Vital statistics of India. Vol. VI, European troops 1870-79
Year: 1870
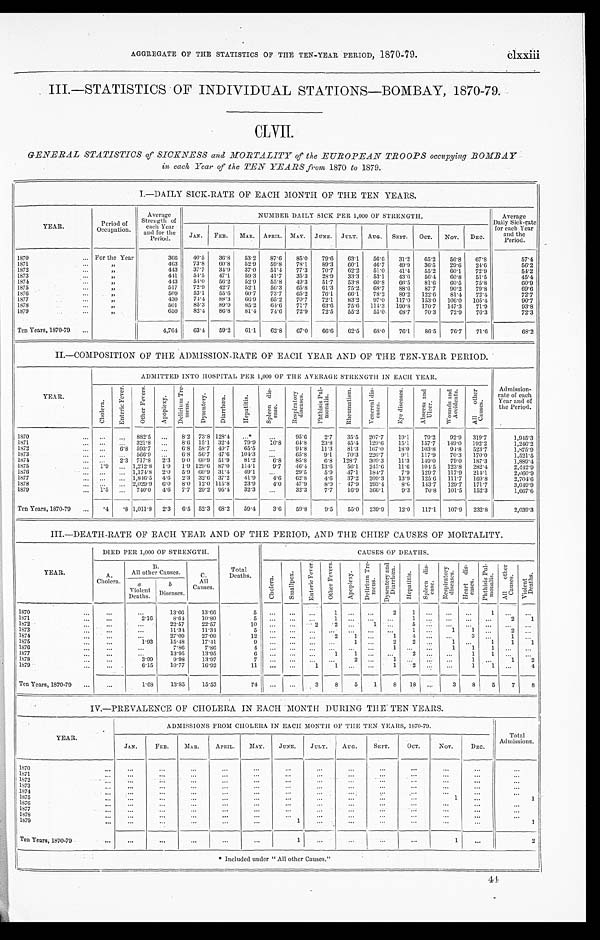
AGGREGATE OF THE STATISTICS OF THE TEN-YEAR PERIOD, 1870-79. clxxiii
III.—STATISTICS OF INDIVIDUAL STATIONS—BOMBAY, 1870-79.
CLVII
GENERAL STATISTICS of SICKNESS and MORTALITY of the EUROPEAN TROOPS occupying BOMBAY
in each Year of the TEN YEARS front 1870 to 1879.
I.—DAILY SICK-RATE OF EACH MONTH OF THE TEN YEARS.
YEAR.
Period of
Occupation.
Average
Strength of
each Year
and for the
Period.
NUMBER DAILY SICK PER 1,000 OF STRENGTH.
Average
Daily Sick-rate
for each Year
and the
Period.
JAN. FEB. MAR. APRIL. MAY. JUNE. JULY. AUG. SEPT. OCT. NOV. DEC.
1870
For the Year
366 40.5 36.8 53.2 87.6 85.0 79. 6 63.1 56.6 31.2 65.2 56.8 67.8
57.4
1871
„
463 73.8 60.8 52.9 59.8 78.1 89. 3 60.1 46.7 49. 9 36.5 29.6 24.6
56. 2
1872
„
443 37.7 34.9 37.0 51.4 77.3 70. 7 62.2 51.0 41. 4 55.2 60.1 72.9
54. 2
1873
„
441 54.5 47.1 59.3 41.7 35.3 28. 9 33.3 53.1 43. 6 56.4 60.8 51.5
45. 4
1874
„
443 54.0 56.2 52.9 55.8 49.3 51.7 53.8 60.8 66. 5 81.6 60.5 75.8
60. 9
1875
„
517 72.9 42.7 52.1 56.3 65.8 61.3 75.2 68.7 88. 6 87.7 90.2 79.8
69. 6
1876
„
509 53.1 55.6 60.7 73.7 65.2 76.1 66.1 78.2 89. 2 122.6 81.4 72.4
72. 7
1877
„
430 74.4 88.3 66.9 65.2 70.7 72.1 83.2 97.0 117. 0 153.0 106.0 105.4
90. 7
1878
„
501 85.3 89.9 85.2 64.6 71.7 63.6 75.6 114.3 190. 8 170.7 147.3 71.9
93. 8
1879
„
650 82.4 86.8 81.4 74.6 72.9 72. 5 55.2 55.0 68. 7 70.3 72.9 76.3
72. 3
Ten Years, 1870-79
4,764 6 3 . 4
59.2 61.1 62.8 67.0 66. 6 62.5 68.0 76. 1 86.5 76.7 71.6
68. 2
II.—COMPOSITION OF THE ADMISSION-RATE OF EACH YEAR AND OF THE TEN-YEAR PERIOD.
YEAR.
ADMITTED INTO HOSPITAL PER 1,000 OF THE AVERAGE STRENGTH IN EACH YEAR.
Admission-
rate of each
Year and of
the Period.
C h o l e r a .
E n t e r i c F e v e r .
O t h e r F e v e r s .
A p o p l e x y .
D e l i r i u m T r e -
m e n s .
D y s e n t e r y . D i a r r h œ a .
H e p a t i t i s .
S p l e e n d i s -
e a s e .
R e s p i r a t o r y d i s e a s e s .
P h t h i s i s P u l -
m o n a l i s .
R h e u m a t i s m . V e n e r e a l d i s -
e a s e s .
E y e d i s e a s e s . A b s c e s s a n d
U l c e r .
W o u n d s a n d
A c c i d e n t s .
A l l o t h e r
C a u s e s .
1870
882.5
8.2 73.8 128.4 *
95.6 2.7 35.5 207.7 19.1 79.2 92.9 319.7
1, 945. 3
1871
321.8
8.6 15.1 32.4 79.9 10.8 64.8 23.8 45.4 129.6 15.1 157.7 149.0 192.2
1, 246. 2
1872
6.8 593. 7
6.8 58.7 49.7 65.5
94.8 11.3 81.3 167.0 18.0 103.8
9 4 . 8 523.7
1, 875. 9
1873
566.9
6.8 56.7 47.6 104.3
65.8 9.1 70.3 226.7 9.1 117.9 70.3 170.0
1,521.5
1874
2.3 717.8 2.3 9.0 60.9 51.9 81.2 6.8 85.8 6.8 128.7 309.3 11.3 149.0 79.0 187.3
1, 889. 4
1875
1.9
1,212.8 1.9 1.9 129.6 87.0 114.1 9.7 46.4 13.6 56.1 245.6 11.6 104.5 123.8 282.4
2, 442. 9
1876
1,174.8 2.0 5.9 60.9 31.4
4 9 . 1
29.5 5.9 47.1 184.7 7.9 129.7 117.9 214.1
2, 060. 9
1877
1,846.5 4.6 2.3 32.6 37.2 41.9 4.6 62.8 4.6 37.2 209.3 13.9 125.6 111.7 169.8
2, 704. 6
1878
2,029.9 6.0 8.0 12.0 115.8 23.9 4.0 47.9 8.0 47.9 293.4 8.6 143.7 129.7 171.7
3, 049. 9
1879
1 . 5
740.0
4 . 6 7.7 29.2 95.4 32.3
32.3 7.7 16.9 366.1 9.3 70.8 101.5 152.3
1, 667. 6
Ten Years, 1870-79
.4 .8 1,011.8 2.3 6.5 52.3 68.2 59.4 3.6 59.8 9.5 55.0 239.9 12.0 117.1 107.9 232.8
2, 039. 3
III.—DEATH-RATE OF EACH YEAR AND OF THE PERIOD, AND THE CHIEF CAUSES OF MORTALITY.
YEAR.
DIED PER 1,000 OF STRENGTH.
Total
Deaths.
CAUSES OF DEATHS.
A.
Cholera.
B.
All other Causes.
C
All
Causes.
C h o l e r a . S m a l l p o x .
E n t e r i c F e v e r .
O t h e r F e v e r s .
A p o p l e x y .
D e l i r i u m T r e -
me n s .
D y s e n t e r y a n d
D i a r r h œ a .
H e p a t i t i s . S p l e e n d i s -
e a s e .
R e s p i r a t o r y
d i s e a s e s .
H e a r t d i s -
e a s e s .
P h t h i s i s P u l -
m o n a l i s . A l l o t h e r
C a u s e s .
V i o l e n t
D e a t h s .
a
Violent
Deaths.
b
Diseases.
1870
13. 66
13.66
5
1
2 1
1
1871
2.16
8. 64
10.80
5
1
1
2 1
1872
22. 57
22.57
1 0
2 2
1
5
1873
11.34 11.34
5
1 1
2
1874
27. 09
27.09
1 2
2 1
1 4
3
1
1875
1.93 15.48
17.41
9
1
2 2
1
1 1 1
1876
7. 86
7.86
4
1
1 1 1
1 8 7 7
13. 95
13.95
6
1
1
2
1 1
1878
3.99 9. 98
13.97
7
2
1
1
1 2
1879
6.15 10.77 16.92
11
1
1
1 2
1 1
4
Ten Years, 1870-79
1.68 13. 85
15.53
74
3 8 5 1 8 18
3 8 5 7 8
IV.—PREVALENCE OF CHOLERA IN EACH .MONTH DURING THE TEN YEARS.
YEAR
ADMISSIONS FROM CHOLERA IN EACH MONTH OF THE TEN YEARS, 1870-79.
Total
Admissions.
JAN. FEB.
MAR. APRIL. MAY. JUNE. JULY. AUG. SEPT. OCT.
NOV.
DEC.
1870 1 8 7 1
1872 1873 1874 1875
1
1
1876 1877 1878 1879
1
1
Ten Years, 1870-79
1
1
2
* Included under "All other Causes."
4 4